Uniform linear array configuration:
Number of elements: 16
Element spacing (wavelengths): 1
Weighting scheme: hamming
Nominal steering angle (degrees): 45
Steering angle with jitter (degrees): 46.381
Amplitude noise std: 0.05
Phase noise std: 0.05

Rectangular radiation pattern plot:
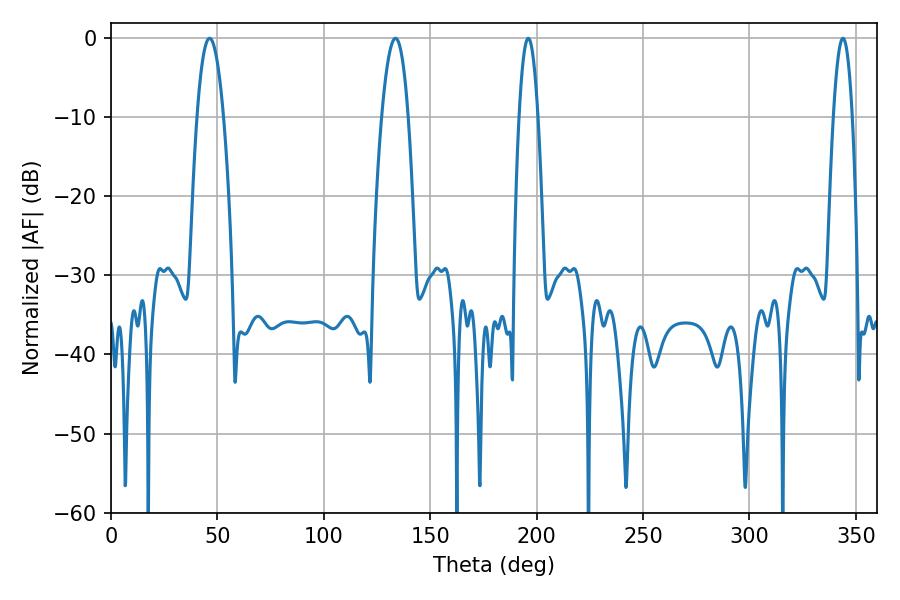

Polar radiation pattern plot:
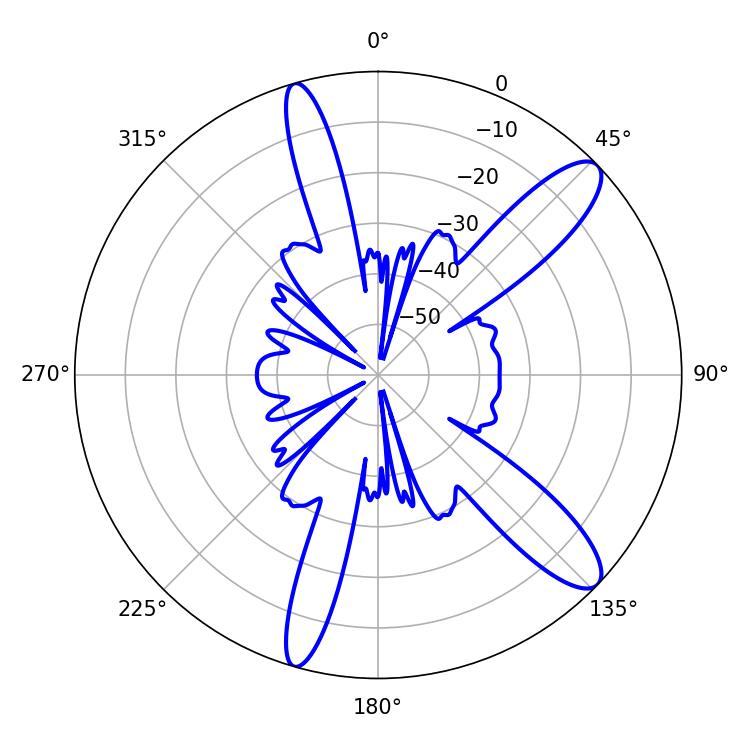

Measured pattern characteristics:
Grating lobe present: TRUE
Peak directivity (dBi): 11.687
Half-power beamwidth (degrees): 6.84
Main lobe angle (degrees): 46.26